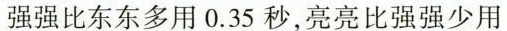
强强比东东多用0.35秒，亮亮比强强少用